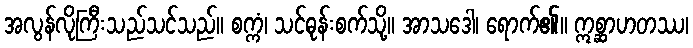
အလွန်လိုကြီးသည်သင်သည်။ စက္ကံ၊ သင်ဓုန်းစက်သို့။ အာသဒေါ၊ ရောက်၏။ ဣစ္ဆာဟတဿ၊